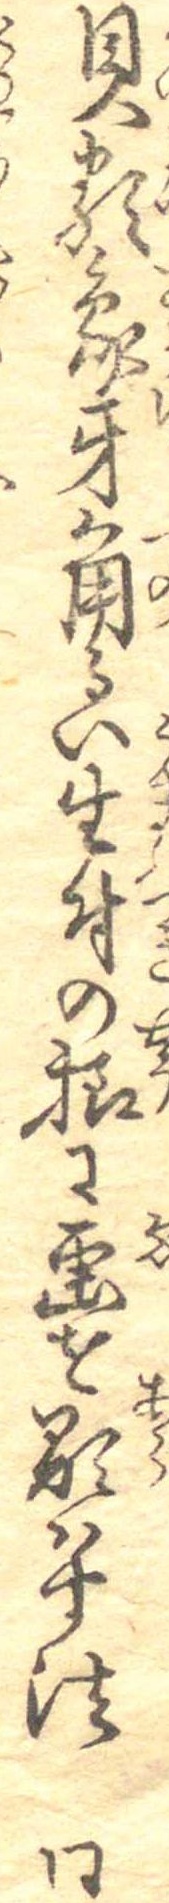
貝類象牙角るい生付の様に画を顕はす法同